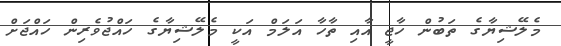
މެލޭޝިޔާގެ ތަބުން ހާޖީ އާއި ތާހާ އަލަމް އަކީ މެލޭޝިޔާގެ ހައްޖުވެރިން ހައްޖަށް